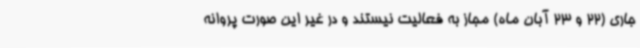
جاری (22 و 23 آبان ماه) مجاز به فعالیت نیستند و در غیر این صورت پروانه